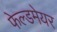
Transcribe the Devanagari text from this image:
फेल्डमेयर